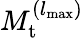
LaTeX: M_{\mathrm{t}}^{({l_{{\mathrm{max}}}})}